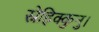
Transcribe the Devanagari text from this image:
स्नेहिक्कुनु।